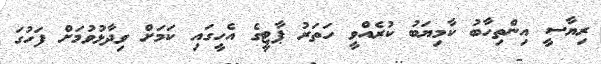
ރިޔާސީ އިންތިހާބު ކާމިޔަބު ކުރެއްވީ ހަތަރު ޕާޓީގެ އެހީގައި ކަމަށް ވިދާޅުވުމަށް ފަހުގަ